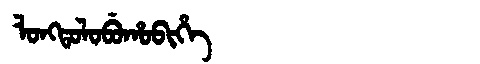
Manchu: ᠯᠣᠩᡨᠣᠯᠣᠪᡠᡥᠣᠪᡳᡥᡝ
Romanization: LONGTOLOBUHOBIHE